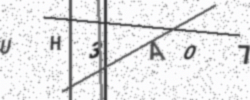
Text: UH3AO7